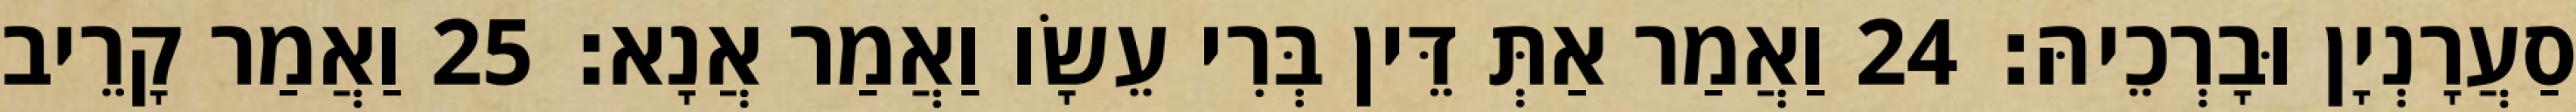
סַעֲרָנְיָן וּבָרְכֵיהּ׃ 24 וַאֲמַר אַתְּ דֵּין בְּרִי עֵשָׂו וַאֲמַר אֲנָא׃ 25 וַאֲמַר קָרֵיב